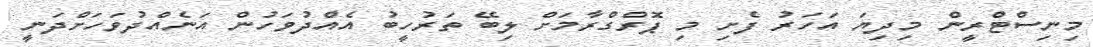
މިނިސްޓްރީން މިދިޔަ އަހަރު ފެށި މި ޕޮރްގްރާމަށް ލިބޭ ތަރުހީބު އެއްދުވަހުން އަނެއްދުވަހަށްދަނީ